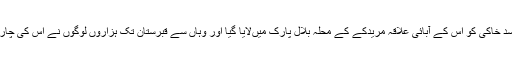
پھر شہباز کے جسد خاکی کو اس کے آبائی علاقہ مریدکے کے محلہ بلال پارک میںلایا گیا اور وہاں سے قبرستان تک ہزاروں لوگوں نے اس کی چارپائی کو کندھا دیا۔